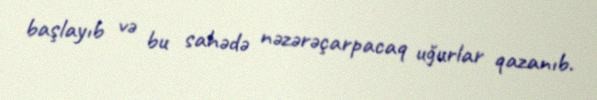
başlayıb və bu sahədə nəzərəçarpacaq uğurlar qazanıb.